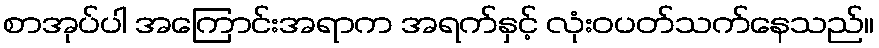
စာအုပ်ပါ အကြောင်းအရာက အရက်နှင့် လုံးဝပတ်သက်နေသည်။